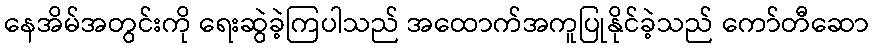
နေအိမ်အတွင်းကို ရေးဆွဲခဲ့ကြပါသည် အထောက်အကူပြုနိုင်ခဲ့သည် ကော်တီဆော